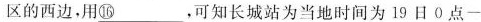
区的西边，用\underline{⑯}，可知长城站为当地时间为$$1 9 日 0 点 -